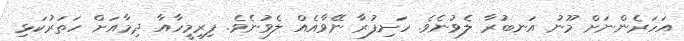
އަހަރެންނަށް މޫނު އަނބުރާ ލެވުނެވެ. ހަށިފުރާ ނޭވާއެއް ލެވުނެވެ. ފިރިމީހާއާ ދިމާއަށް ހަތަރުކަޅި